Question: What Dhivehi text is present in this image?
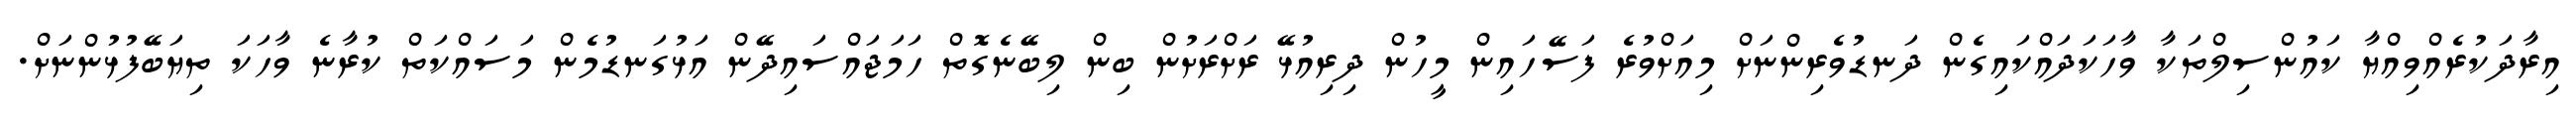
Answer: އިރާދަކުރެއްވިއްޔާ ކައުންސިލްތަކާ ވާހަކަދައްކައިގެން ދަނޑުވެރިންނަށް މިއަށްވުރެ ފަސޭހައިން މީހުން ދިރިއުޅޭ ރަށްރަށުން ބިން ލިބޭނެގޮތް ހަމަޖައްސައިދޭން އަޅުގަނޑުމެން މަސައްކަތް ކުރާނެ ވާހަކަ ތިޔަބޭފުޅުންނަށް.